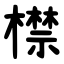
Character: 㯲